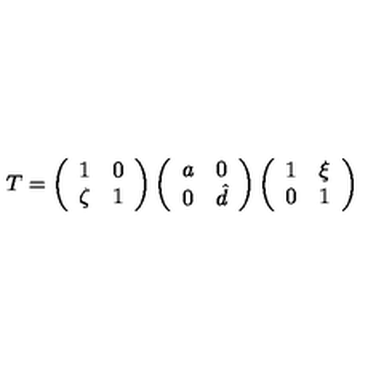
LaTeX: T = \left( \begin{array} { c c } { 1 } & { 0 } \\ { \zeta } & { 1 } \\ \end{array} \right) \left( \begin{array} { c c } { a } & { 0 } \\ { 0 } & { \hat { d } } \\ \end{array} \right) \left( \begin{array} { c c } { 1 } & { \xi } \\ { 0 } & { 1 } \\ \end{array} \right)